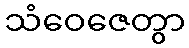
သံဝေဇေတွာ